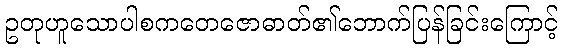
ဥတုဟူသောပါစကတေဇောဓာတ်၏ဘောက်ပြန်ခြင်းကြောင့်